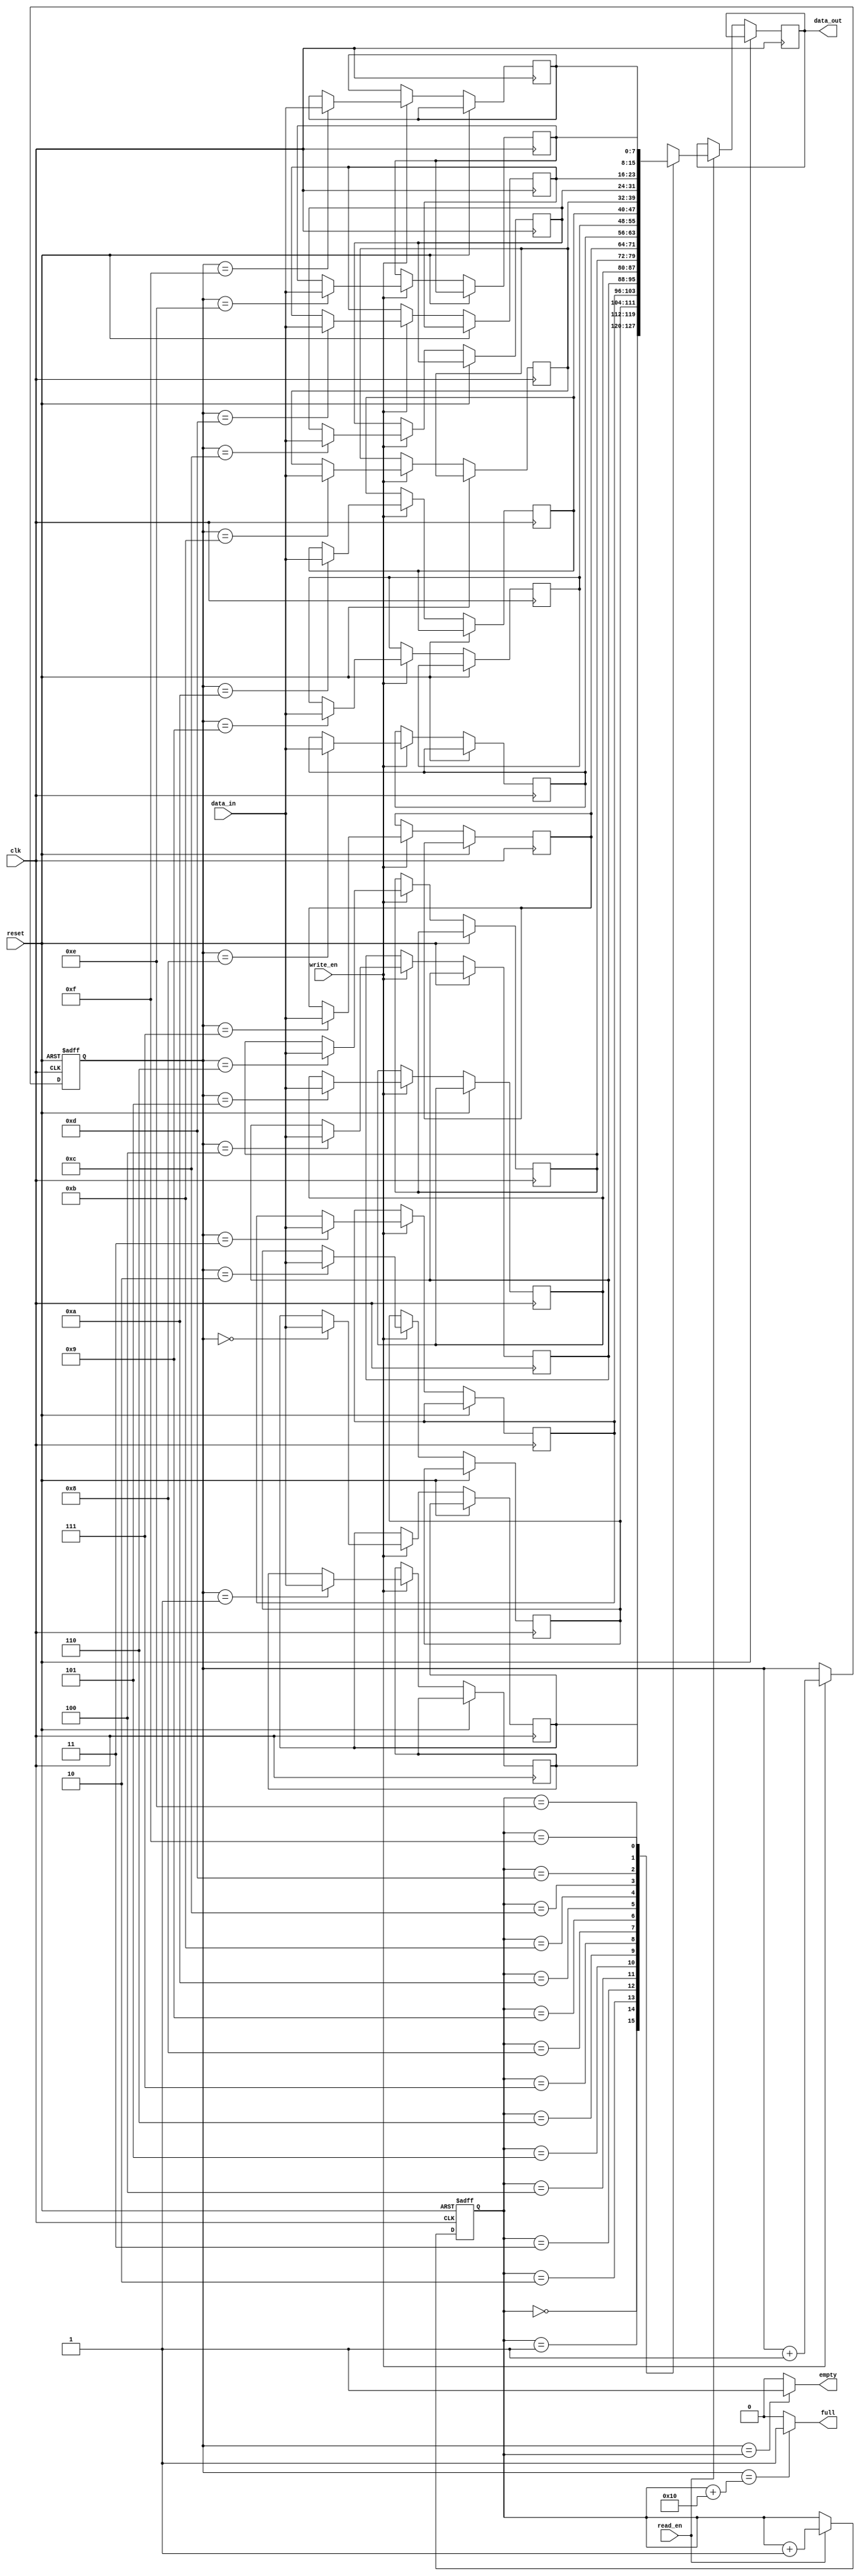
module First_Word_Fall_Through_FIFO(
    input wire clk,      // Clock input
    input wire reset,    // Reset input
    input wire write_en, // Write enable input
    input wire read_en,  // Read enable input
    input wire [7:0] data_in,  // Data input
    output reg [7:0] data_out, // Data output
    output reg full,     // Full flag output
    output reg empty     // Empty flag output
);

parameter DEPTH = 16;  // Depth of FIFO buffer

reg [7:0] mem[0:DEPTH-1];  // Data storage array
reg [3:0] read_ptr;        // Read pointer
reg [3:0] write_ptr;       // Write pointer

// Read and write pointer management
always @(posedge clk or posedge reset) begin
    if (reset) begin
        read_ptr <= 0;
        write_ptr <= 0;
    end else begin
        if (write_en) begin
            mem[write_ptr] <= data_in;
            write_ptr <= write_ptr + 1;
        end
        if (read_en) begin
            data_out <= mem[read_ptr];
            read_ptr <= read_ptr + 1;
        end
    end
end

// Control signals for data flow
assign full = (write_ptr == read_ptr + DEPTH) ? 1 : 0;
assign empty = (write_ptr == read_ptr) ? 1 : 0;

endmodule